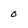
Character: 0